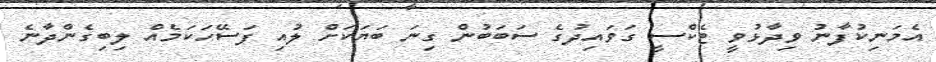
އެމަނިކުފާނު ވިދާޅުވީ ޓެކްސީ ގަވައިދުގެ ސަބަބުން ގިނަ ބަޔަކަށް ލުއި ފަސޭހަކަމެއް ލިބިގެންދާނެ